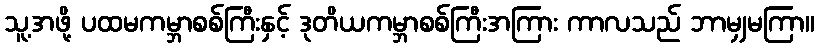
သူ့အဖို့ ပထမကမ္ဘာစစ်ကြီးနှင့် ဒုတိယကမ္ဘာစစ်ကြီးအကြား ကာလသည် ဘာမျှမကြာ။